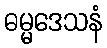
ဓမ္မဒေသနံ